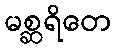
မစ္ဆရိတေ